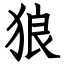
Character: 狼